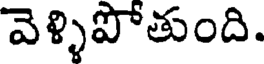
వెళ్ళిపోతుంది.